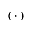
( \, \cdot \, )